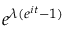
\! \, e ^ { \lambda ( e ^ { i t } - 1 ) }